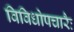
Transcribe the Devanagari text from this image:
विविधोपचारैः